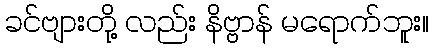
ခင်ဗျားတို့ လည်း နိဗ္ဗာန် မရောက်ဘူး။